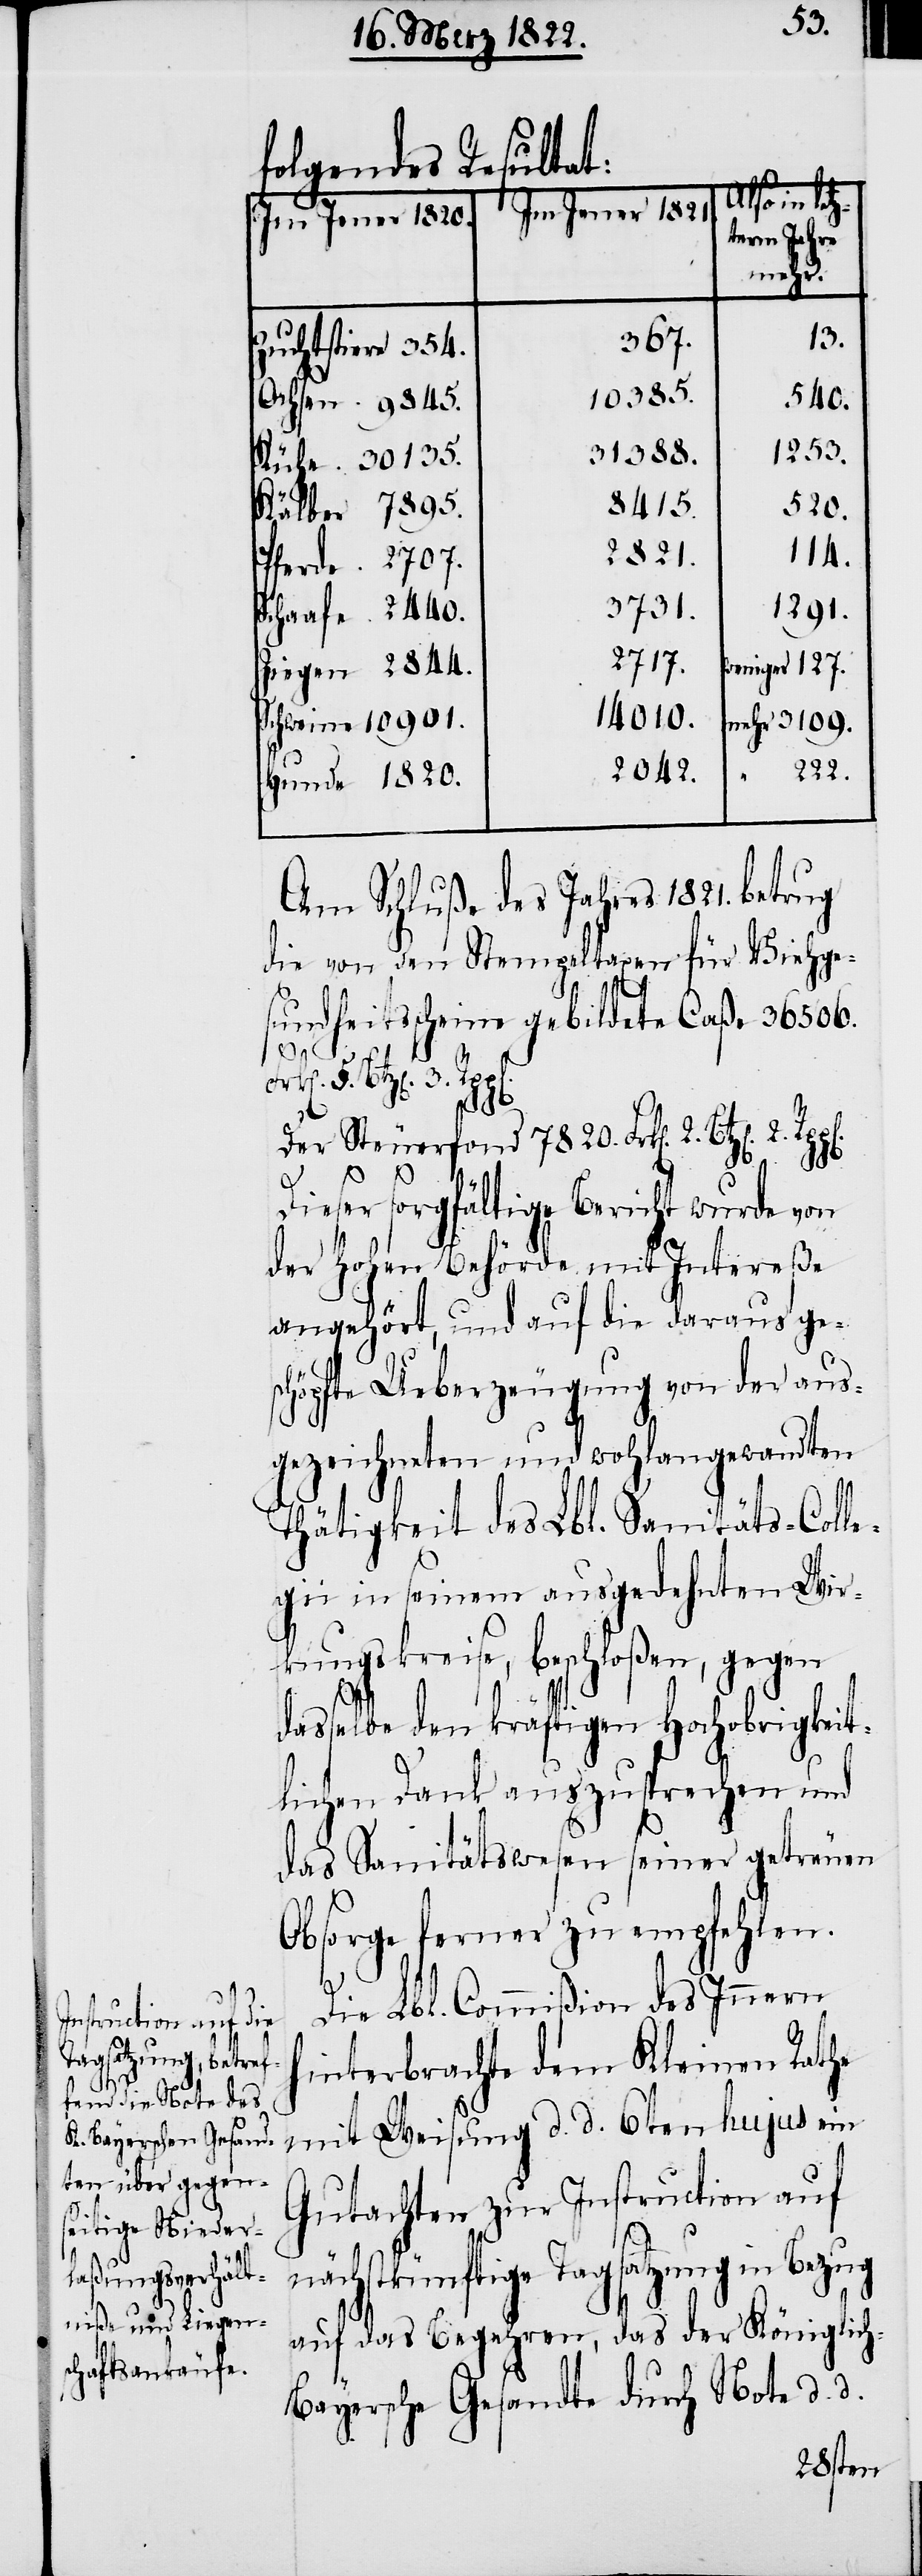
folgendes Resultat:
Hunde
Also in letz¬
Im Jener 1821.
Im Jener 1820.
term Jahre
mehr.
13.
367.
Zuchtstiere
10385.
540.
1253.
31388.
8415.
520.
2821.
114.
3731.
1291.
2717.
weniger 127.
14010.
mehr 3109.
“ 222.
2042.
Am Schluße des Jahres 1821. betrug
die von den Stempeltaxen für Viehge¬
sundheitsscheine gebildete Caße 36506.
1820.
Der Steuerfond 7820. Frk[en]. 2. Bt¬
z[en].
2.
Dieser sorgfältige Bericht wurde von
der hohen Behörde mit Intereße
angehört, und auf die daraus ge¬
schöpfte Ueberzeugung von der aus¬
gezeichneten und wohlangewandten
Thätigkeit des Lbl. Sanitäts-Colle¬
gii in seinem ausgedehnten Wir¬
kungskreise, beschloßen, gegen
dasselbe den kräftigen Hochobrigkeit¬
lichen Dank auszusprechen und
das Sanitätswesen seiner getreuen
Obsorge ferner zu empfehlen.
Die Lbl. Commißion des Innern
hinterbrachte dem Kleinen Rathe
mit Weisung d. d. 6ten hujus ein
Gutachten zur Instruction auf
nächstkünftige Tagsatzung in Bezug
auf das Begehren, das der Königlic¬
h-Bayersche Gesandte durch Note d. d.